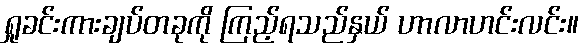
ရှုခင်းကားချပ်တခုကို ကြည့်ရသည်နှယ် ဟာလာဟင်းလင်း။